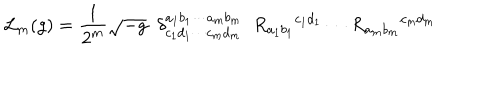
{ \cal L } _ { m } ( g ) = \frac { 1 } { 2 ^ { m } } \sqrt { - g } \; \; \delta _ { c _ { 1 } d _ { 1 } \cdots c _ { m } d _ { m } } ^ { a _ { 1 } b _ { 1 } \cdots a _ { m } b _ { m } } \; \; R _ { a _ { 1 } b _ { 1 } } { } ^ { c _ { 1 } d _ { 1 } } \cdots R _ { a _ { m } b _ { m } } { } ^ { c _ { m } d _ { m } }